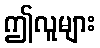
ဤလူများ